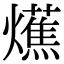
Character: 爑